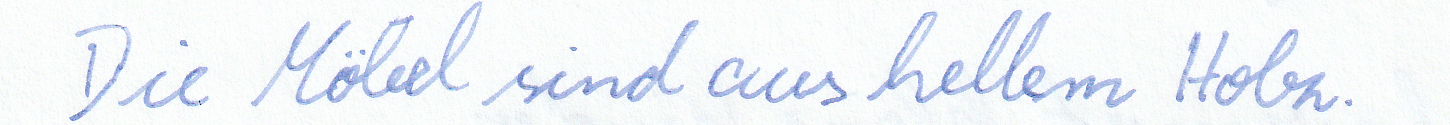
Die Möbel sind aus hellem Holz.